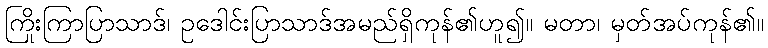
ကြိုးကြာပြာသာဒ်၊ ဥဒေါင်းပြာသာဒ်အမည်ရှိကုန်၏ဟူ၍။ မတာ၊ မှတ်အပ်ကုန်၏။